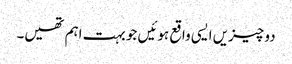
دو چیزیں ایسی واقع ہوئیں جو بہت اہم تھیں۔